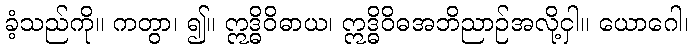
ခံ့သည်ကို။ ကတွာ၊ ၍။ ဣဒ္ဓိဝိဓာယ၊ ဣဒ္ဓိဝိဓအဘိညာဉ်အလို့ငှါ။ ယောဂေါ၊